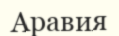
Аравия